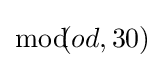
{\bmod {\!}}\!(od,30)